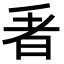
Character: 𭥬